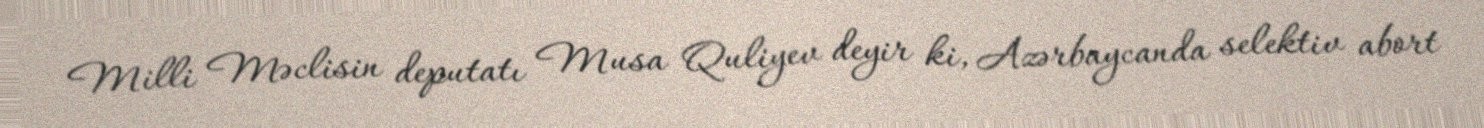
Milli Məclisin deputatı Musa Quliyev deyir ki, Azərbaycanda selektiv abort